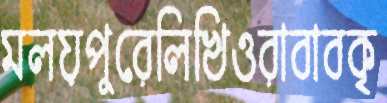
মলয়পুরেলিখিওরাবাবকৃ